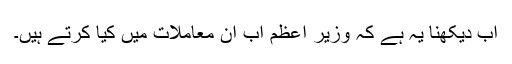
اب دیکھنا یہ ہے کہ وزیر اعظم اب ان معاملات میں کیا کرتے ہیں۔